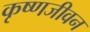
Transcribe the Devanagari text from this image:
कृष्णजीवन